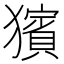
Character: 獱